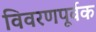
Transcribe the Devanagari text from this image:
विवरणपूर्वक